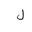
Letter: _lam